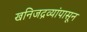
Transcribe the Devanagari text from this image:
खनिजद्रव्यांपासून